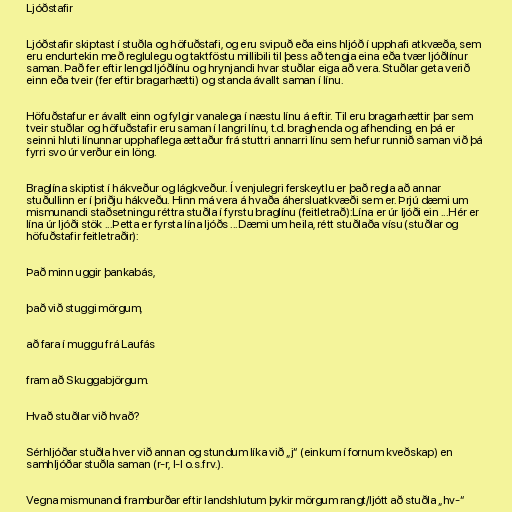
Ljóðstafir

Ljóðstafir skiptast í stuðla og höfuðstafi, og eru svipuð eða eins hljóð í upphafi atkvæða, sem
eru endurtekin með reglulegu og taktföstu millibili til þess að tengja eina eða tvær ljóðlínur
saman. Það fer eftir lengd ljóðlínu og hrynjandi hvar stuðlar eiga að vera. Stuðlar geta verið
einn eða tveir (fer eftir bragarhætti) og standa ávallt saman í línu.

Höfuðstafur er ávallt einn og fylgir vanalega í næstu línu á eftir. Til eru bragarhættir þar sem
tveir stuðlar og höfuðstafir eru saman í langri línu, t.d. braghenda og afhending, en þá er
seinni hluti línunnar upphaflega ættaður frá stuttri annarri línu sem hefur runnið saman við þá
fyrri svo úr verður ein löng.

Braglína skiptist í hákveður og lágkveður. Í venjulegri ferskeytlu er það regla að annar
stuðullinn er í þriðju hákveðu. Hinn má vera á hvaða áhersluatkvæði sem er. Þrjú dæmi um
mismunandi staðsetningu réttra stuðla í fyrstu braglínu (feitletrað):Lína er úr ljóði ein ...Hér er
lína úr ljóði stök ...Þetta er fyrsta lína ljóðs ...Dæmi um heila, rétt stuðlaða vísu (stuðlar og
höfuðstafir feitletraðir):

Það minn uggir þankabás,

það við stuggi mörgum,

að fara í muggu frá Laufás

fram að Skuggabjörgum.

Hvað stuðlar við hvað?

Sérhljóðar stuðla hver við annan og stundum líka við „j“ (einkum í fornum kveðskap) en
samhljóðar stuðla saman (r-r, l-l o.s.frv.).

Vegna mismunandi framburðar eftir landshlutum þykir mörgum rangt/ljótt að stuðla „hv-“